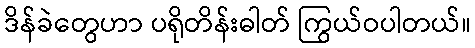
ဒိန်ခဲတွေဟာ ပရိုတိန်းဓါတ် ကြွယ်ဝပါတယ်။